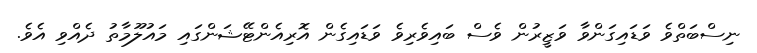
ނިސްބަތްވެ ވަޑައިގަންވާ ވަޒީރުން ވެސް ބައިވެރިވެ ވަޑައިގެން އޮރިއެންޓޭޝަންގައި މައުލޫމާތު ދެއްވި އެވެ.